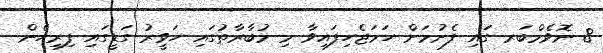
8 ނޮވެމްބަރ ގައި ފެށުމަށް ހަމަޖެހިފައިވާ މި މުބާރާތުގައި ހަވީރު ގަޑީގައި ފިރިހެން